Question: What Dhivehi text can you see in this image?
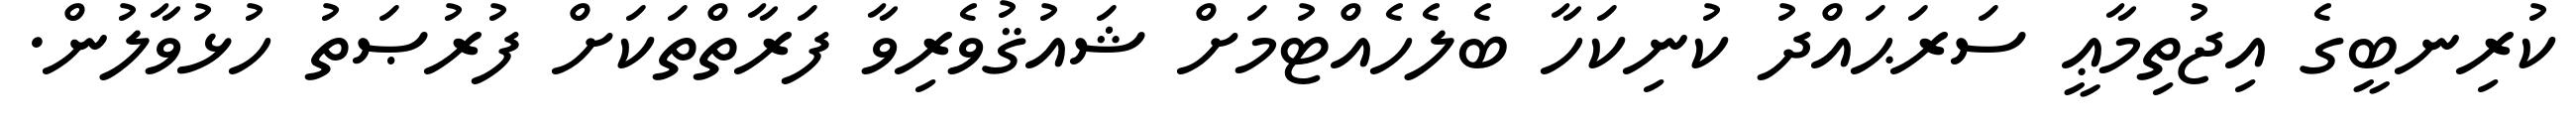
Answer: ކުރިނބީގެ އިޖުތިމާޢީ ސަރަޙައްދު ކުނިކަހާ ބެލެހެއްޓުމަށް ޝައުޤުވެރިވާ ފަރާތްތަކަށް ފުރުޞަތު ހުޅުވާލުން.